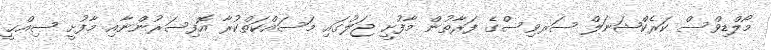
މޯލްޑިވްސް ކަރެކްޝަނަލް ސަރވިސްގެ ފަރާތުން މާފުށީ ޖަލުގައި މަސައްކަތްކުރާ އޮފިސަރުންނާއި މާފުށީ ޞިއްޙީ